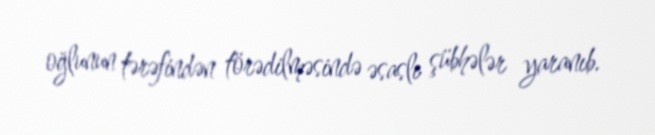
oğlunun tərəfindən törədilməsində əsaslı şübhələr yaranıb.